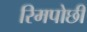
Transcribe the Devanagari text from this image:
रिमपोछी